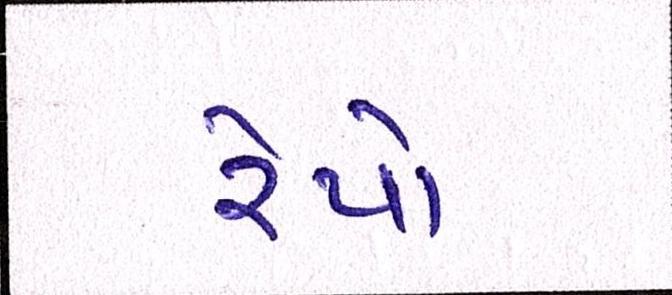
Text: રેપો